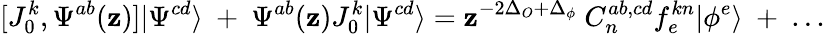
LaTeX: [J_{0}^{k},\Psi^{ab}(\mathbf{z})]|\Psi^{cd}\rangle~+~\Psi^{ab}(\mathbf{z})J_{0}^{k}|\Psi^{cd}\rangle=\mathbf{z}^{-2\Delta_{O}+\Delta_{\phi}}~C_{n}^{ab,cd}f_{e}^{kn}|\phi^{e}\rangle~+~...